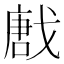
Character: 𢧪